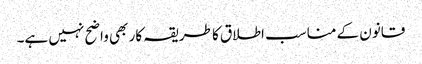
قانون کے مناسب اطلاق کا طریقہ کار بھی واضح نہیں ہے۔